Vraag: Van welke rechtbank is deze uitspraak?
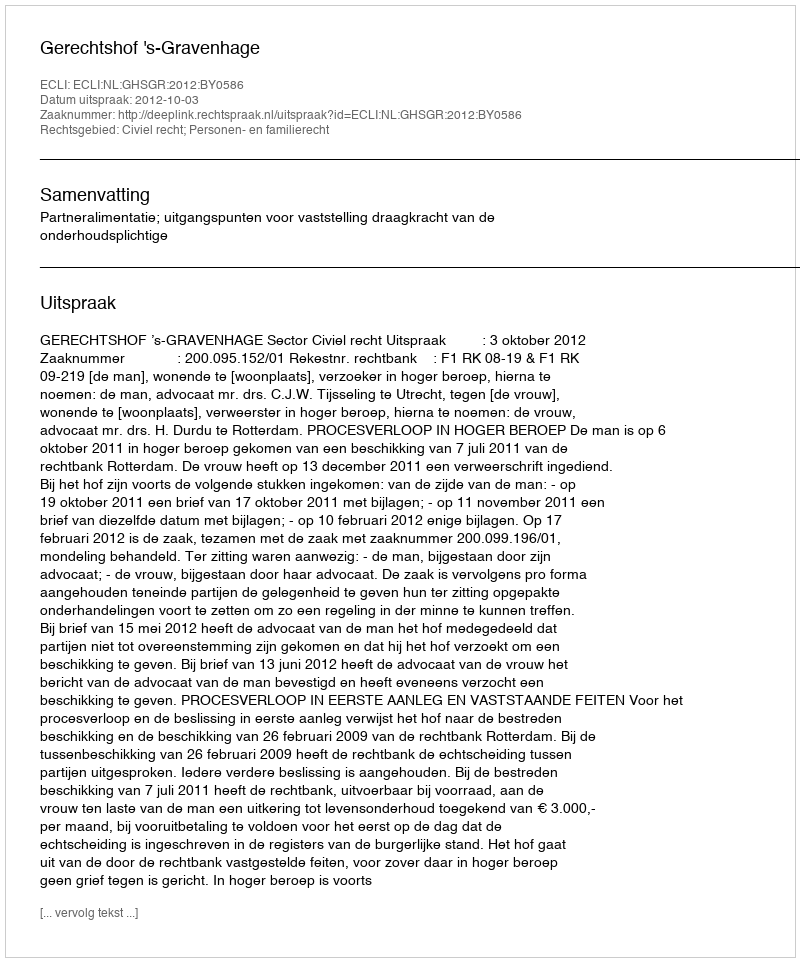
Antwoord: Gerechtshof 's-Gravenhage